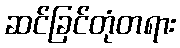
ဆင်ခြင်တုံတရား